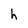
Character: h